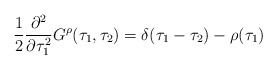
\begin{align*}{1\over 2}{\partial^2\over\partial\tau_1^2}G^{\rho}(\tau_1,\tau_2)=\delta(\tau_1 -\tau_2)-\rho(\tau_1)\end{align*}